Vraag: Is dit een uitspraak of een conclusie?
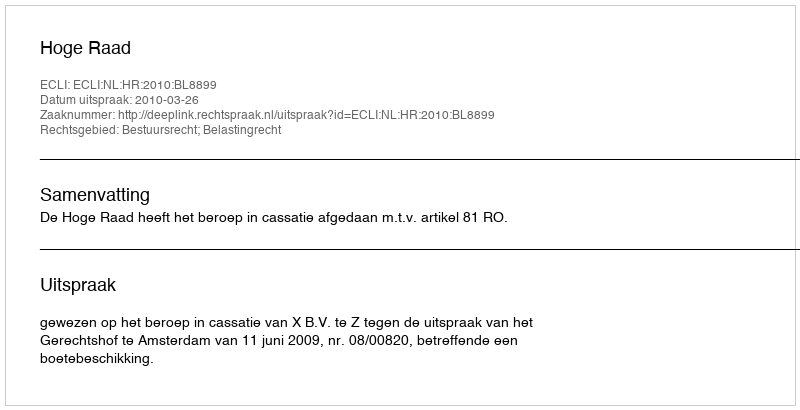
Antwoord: Uitspraak